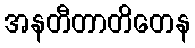
အနတီတာတိတေန